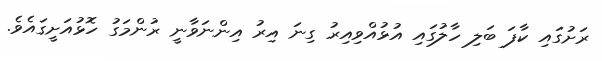
ރަށުގައި ކާފަ ބަލި ހާލުގައި އުޅުއްވިއިރު ގިނަ އިރު އިންނަވާނީ ރުންމަގު ހޮޅުއަށީގައެވެ.